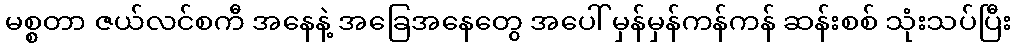
မစ္စတာ ဇယ်လင်စကီ အနေနဲ့ အခြေအနေတွေ အပေါ် မှန်မှန်ကန်ကန် ဆန်းစစ် သုံးသပ်ပြီး